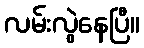
လမ်းလွဲနေပြီ။